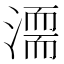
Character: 𣽈